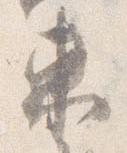
東